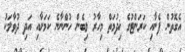
އެގޮތުން ފެނާއި ކަރަންޓުގެ ޚިދުމަތް މިހާރު ލިބެން ހުންނާނެ ކަމަށާއި އަދި ދުވާލަކު